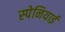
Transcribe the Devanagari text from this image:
स्‍पेनियाई